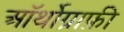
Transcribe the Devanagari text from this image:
ऑर्थोग्राफ़ी